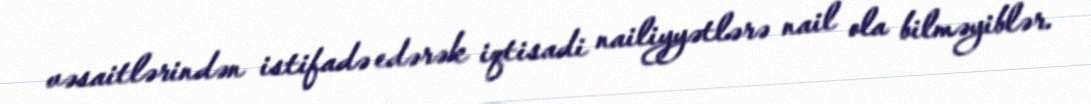
vəsaitlərindən istifadə edərək iqtisadi nailiyyətlərə nail ola bilməyiblər.